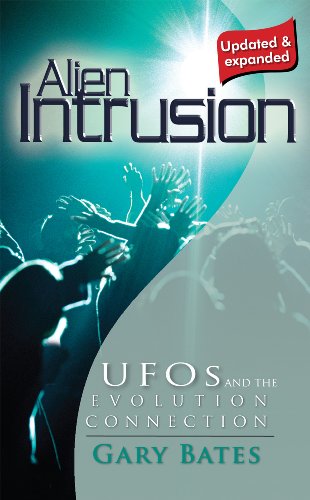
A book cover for Alien Intrusion (Updated & Expanded); Gary Bates; Christian Books & Bibles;